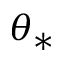
\theta _ { \ast }